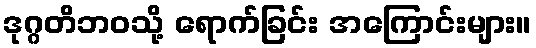
ဒုဂ္ဂတိဘဝသို့ ရောက်ခြင်း အကြောင်းများ။